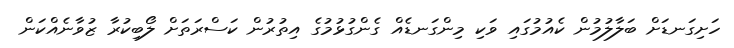
ހަށިގަނޑަށް ބަލާލުމުން ކެއުމުގައި ވަކި މިންގަނޑެއް ގެންގުޅުމުގެ އިތުރުން ކަސްރަތަށް ލޯބިކުރާ ޒުވާނެއްކަން